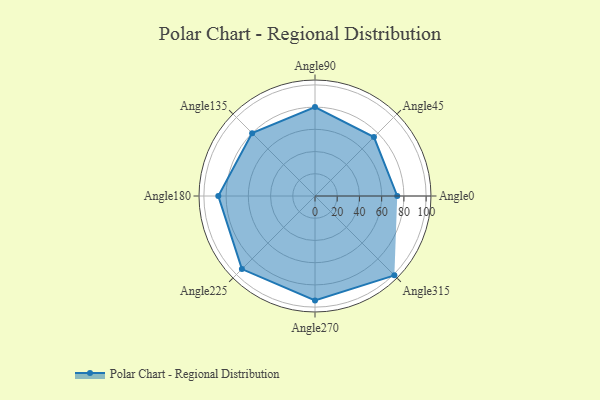
{"axis": {"x": "Angle", "y": "Radius"}, "legend": [""], "data": [{"x": "Angle0", "y": 74.0, "type": ""}, {"x": "Angle45", "y": 75.0, "type": ""}, {"x": "Angle90", "y": 80.0, "type": ""}, {"x": "Angle135", "y": 80.0, "type": ""}, {"x": "Angle180", "y": 87.0, "type": ""}, {"x": "Angle225", "y": 93.0, "type": ""}, {"x": "Angle270", "y": 94.0, "type": ""}, {"x": "Angle315", "y": 101.0, "type": ""}]}